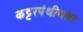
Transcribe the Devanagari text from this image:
कट्टरपंथीयांत